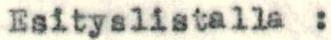
Esityslistalla: